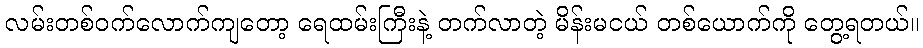
လမ်းတစ်ဝက်လောက်ကျတော့ ရေထမ်းကြီးနဲ့ တက်လာတဲ့ မိန်းမငယ် တစ်ယောက်ကို တွေ့ရတယ်။